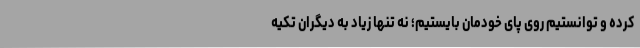
کرده و توانستیم روی پای خودمان بایستیم؛ نه تنها زیاد به دیگران تکیه